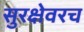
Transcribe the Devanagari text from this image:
सुरक्षेवरच